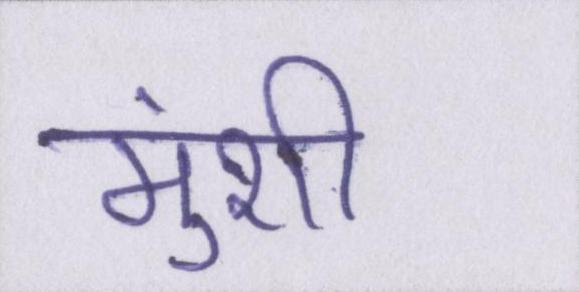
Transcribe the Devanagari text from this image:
मुंशी